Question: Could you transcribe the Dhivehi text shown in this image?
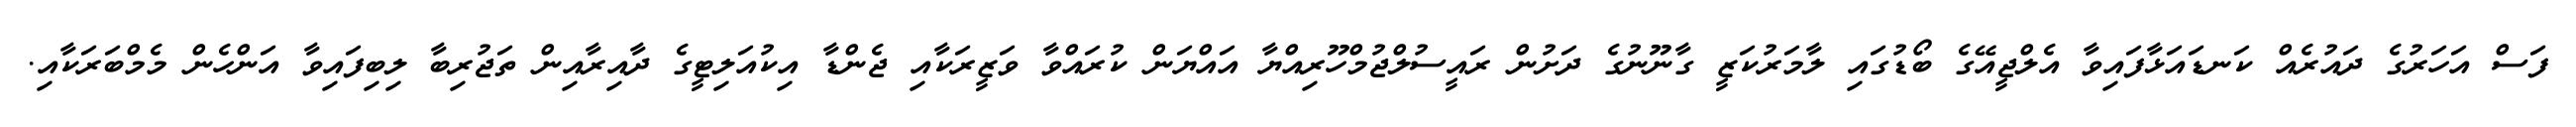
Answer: ފަސް އަހަރުގެ ދައުރެއް ކަނޑައަޅާފައިވާ އެލްޖީއޭގެ ބޯޑުގައި ލާމަރުކަޒީ ގާނޫނުގެ ދަށުން ރައީސުލްޖުމްހޫރިއްޔާ އައްޔަން ކުރައްވާ ވަޒީރަކާއި ޖެންޑާ އިކުއަލިޓީގެ ދާއިރާއިން ތަޖުރިބާ ލިބިފައިވާ އަންހެން މެމްބަރަކާއި.